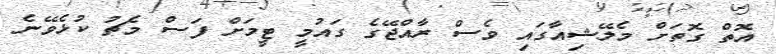
އޮތް ގޮތަށް މެލޭޝިއާގައި ވެސް ރާއްޖޭގެ ގައުމީ ޓީމަށް ފަސް މެޗު ކުޅެވޭނެ